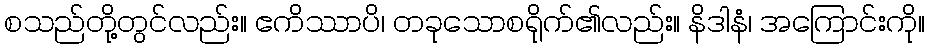
စသည်တို့တွင်လည်း။ ဧကိဿာပိ၊ တခုသောစရိုက်၏လည်း။ နိဒါနံ၊ အကြောင်းကို။